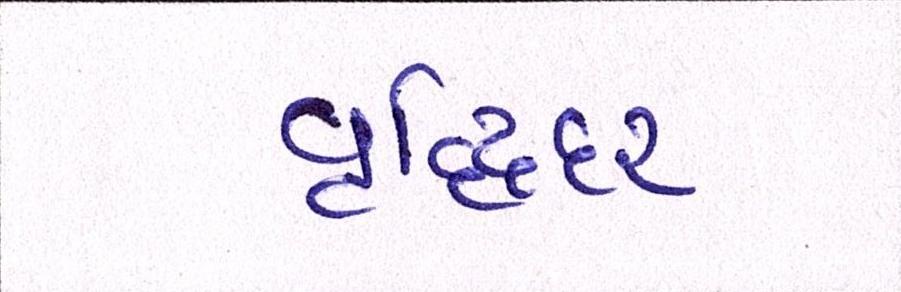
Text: વૃદ્ધિદર